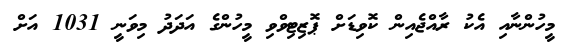
މީހުންނާއި އެކު ރާއްޖެއިން ކޮވިޑަށް ޕޮޒިޓިވްވި މީހުންގެ އަދަދު މިވަނީ 1031 އަށް